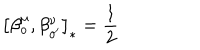
\left[ \beta _ { o } ^ { \mu } , \beta _ { o ^ { \prime } } ^ { \nu } \right] _ { \ast } = \frac { 1 } { 2 }